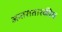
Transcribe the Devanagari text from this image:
अन्तरातारकीय